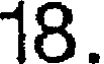
18.